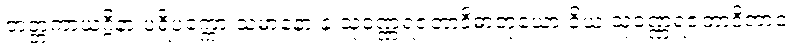
တတ္တကာယဂ္ဂိနာ ပရိပက္ကော သမာနော န သုဝဏ္ဏရဇတာဒိဓာတုယော ဝိယ သုဝဏ္ဏရဇတာဒိဘာဝံ